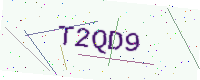
Text: T2QD9